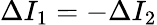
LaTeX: \Delta I_{1}=-\Delta I_{2}